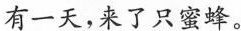
有一天，来了只蜜蜂。